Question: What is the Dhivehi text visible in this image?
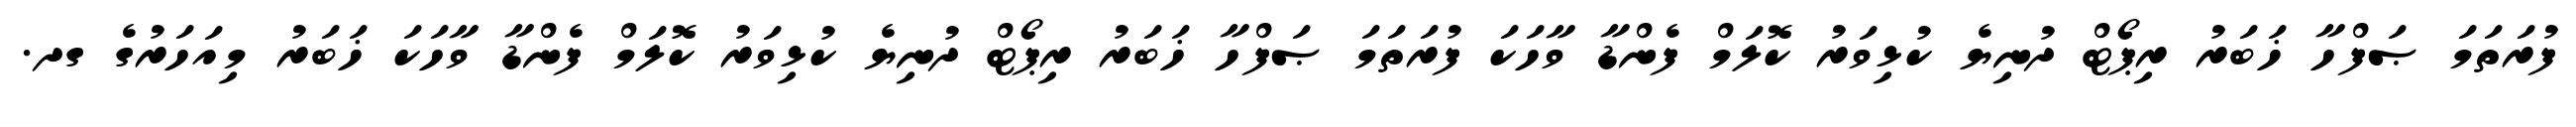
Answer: ފުރަތަމަ ޞަފްހާ ޚަބަރު ރިޕޯޓް ދުނިޔެ ކުޅިވަރު ކޮލަމް ފެންޑާ ވާހަކަ ފުރަތަމަ ޞަފްހާ ޚަބަރު ރިޕޯޓް ދުނިޔެ ކުޅިވަރު ކޮލަމް ފެންޑާ ވާހަކަ ޚަބަރު މިއަހަރުގެ ގދ.